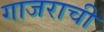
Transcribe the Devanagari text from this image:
गाजराची